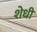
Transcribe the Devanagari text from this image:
शेधी